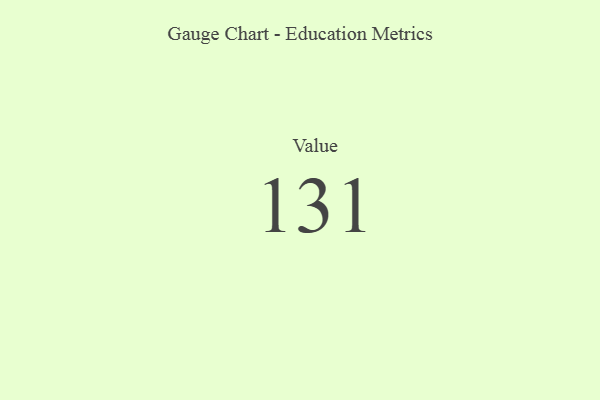
{"axis": {"x": "Metric", "y": "Value"}, "legend": [""], "data": [{"x": "Value", "y": 131, "type": ""}]}